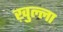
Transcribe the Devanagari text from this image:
ख़ुल्ला